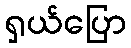
ရှယ်ပြော